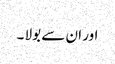
اور ان سے بولا ۔